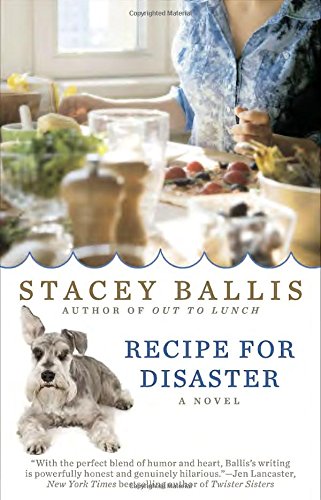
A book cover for Recipe for Disaster; Stacey Ballis; Romance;